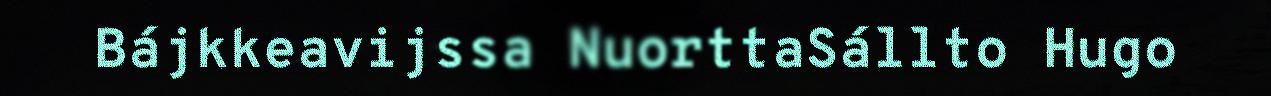
Bájkkeavijssa NuorttaSállto Hugo